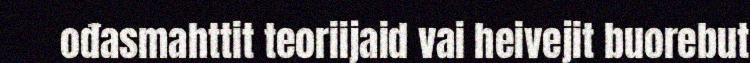
ođasmahttit teoriijaid vai heivejit buorebut